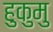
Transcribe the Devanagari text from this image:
हुकुमु